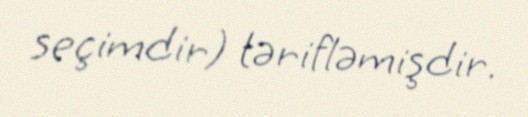
seçimdir) tərifləmişdir.